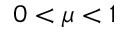
0 < \mu < 1